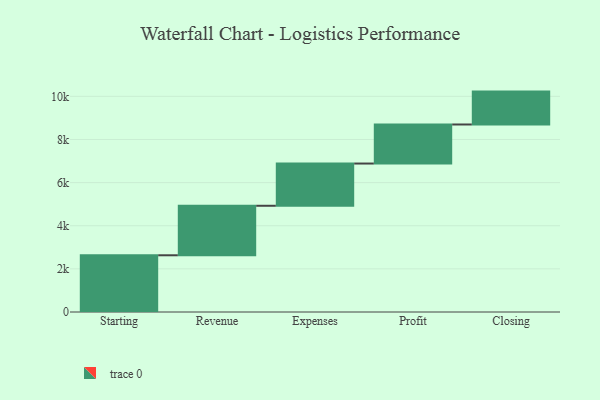
{"axis": {"x": "Step", "y": "Value"}, "legend": [""], "data": [{"x": "Starting", "y": 2630.0, "type": ""}, {"x": "Revenue", "y": 2296.0, "type": ""}, {"x": "Expenses", "y": 1958.0, "type": ""}, {"x": "Profit", "y": 1811.0, "type": ""}, {"x": "Closing", "y": 1525.0, "type": ""}]}